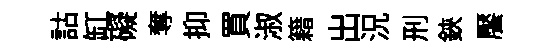
詁缸礙奪抑買淑籍出況刑鋏饜